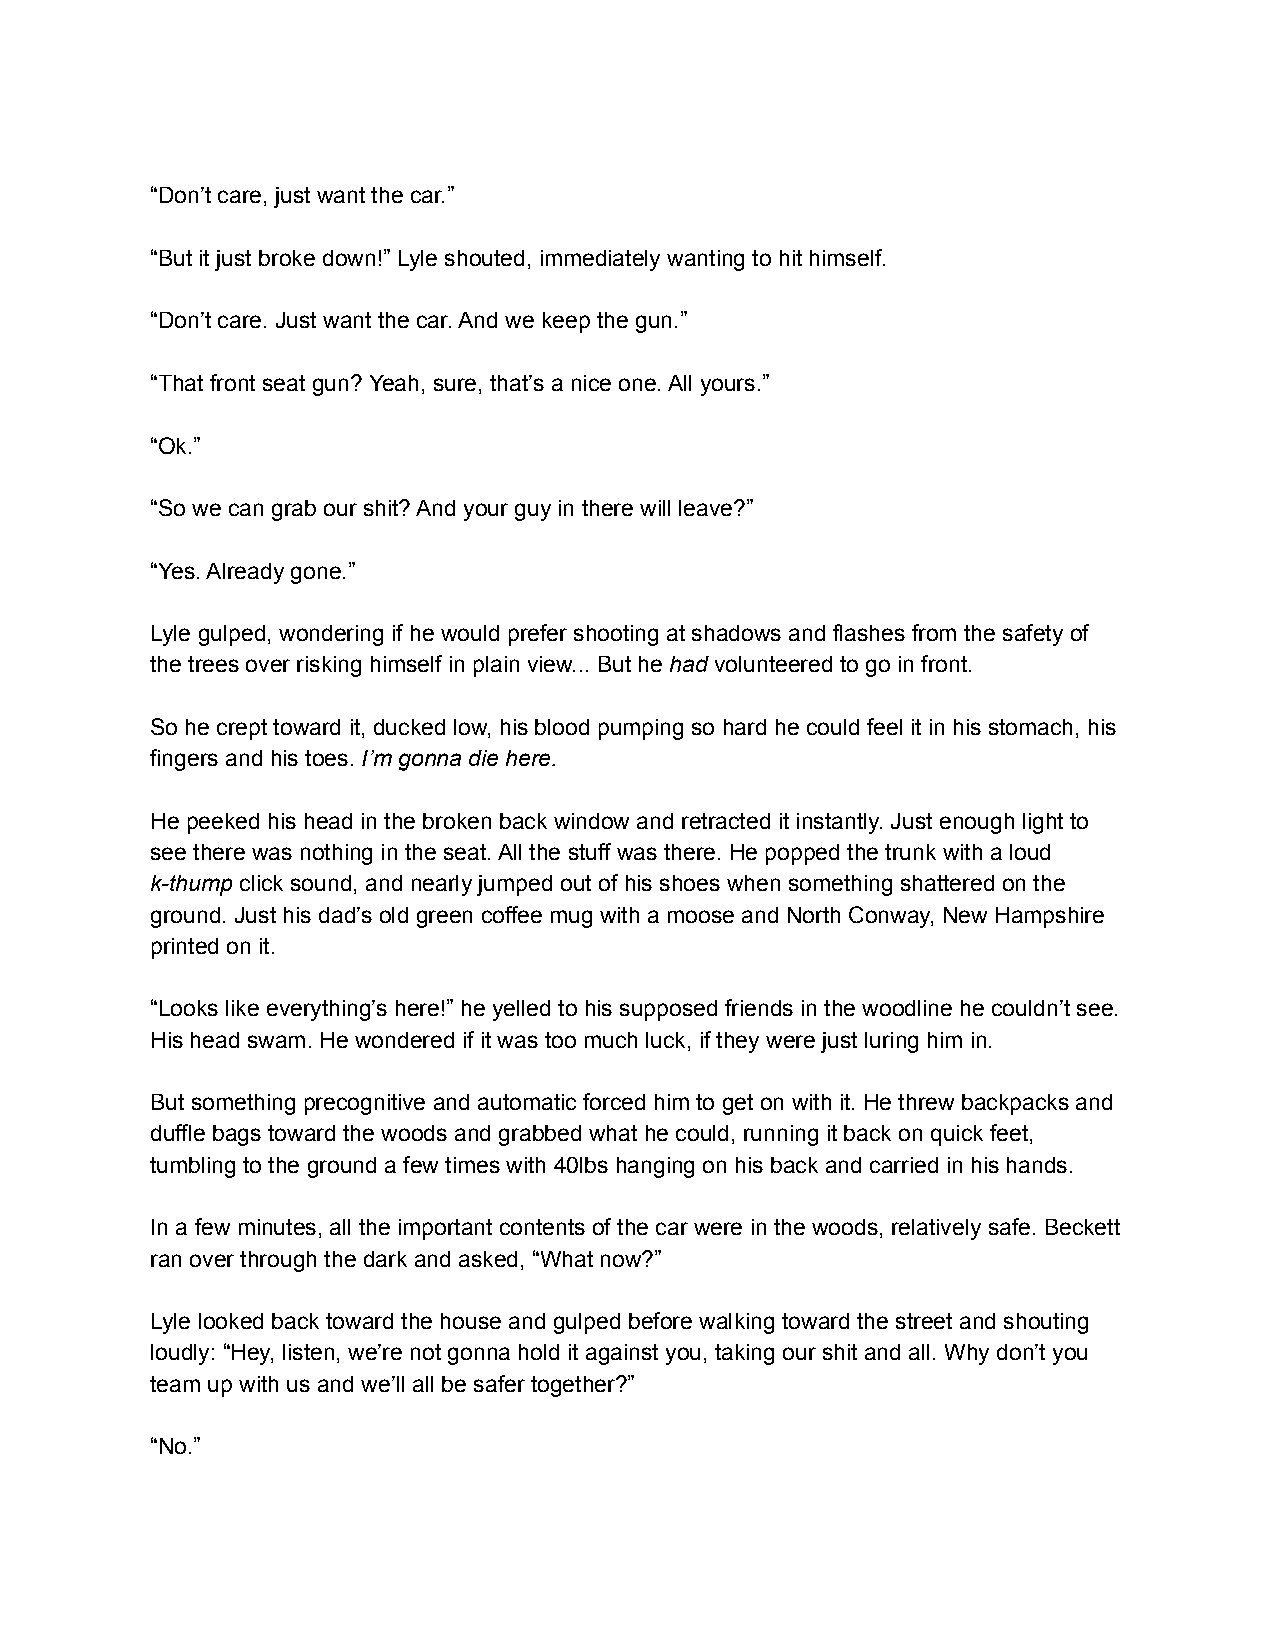
“Don’t care, just want the car.”
 “But it just broke down!” Lyle shouted, immediately wanting to hit himself.
 “Don’t care. Just want the car. And we keep the gun.”
 “That front seat gun? Yeah, sure, that’s a nice one. All yours.”
 “Ok.”
 “So we can grab our shit? And your guy in there will leave?”
 “Yes. Already gone.”
 Lyle gulped, wondering if he would prefer shooting at shadows and flashes from the safety of
 the trees over risking himself in plain view... But he had volunteered to go in front.
 So he crept toward it, ducked low, his blood pumping so hard he could feel it in his stomach, his
 fingers and his toes. I’m gonna die here.
 He peeked his head in the broken back window and retracted it instantly. Just enough light to
 see there was nothing in the seat. All the stuff was there. He popped the trunk with a loud
 k-thump click sound, and nearly jumped out of his shoes when something shattered on the
 ground. Just his dad’s old green coffee mug with a moose and North Conway, New Hampshire
 printed on it.
 “Looks like everything’s here!” he yelled to his supposed friends in the woodline he couldn’t see.
 His head swam. He wondered if it was too much luck, if they were just luring him in.
 But something precognitive and automatic forced him to get on with it. He threw backpacks and
 duffle bags toward the woods and grabbed what he could, running it back on quick feet,
 tumbling to the ground a few times with 40lbs hanging on his back and carried in his hands.
 In a few minutes, all the important contents of the car were in the woods, relatively safe. Beckett
 ran over through the dark and asked, “What now?”
 Lyle looked back toward the house and gulped before walking toward the street and shouting
 loudly: “Hey, listen, we’re not gonna hold it against you, taking our shit and all. Why don’t you
 team up with us and we’ll all be safer together?”
 “No.”